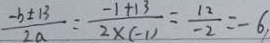
\frac { - b \pm 1 3 } { 2 a } = \frac { - 1 + 1 3 } { 2 \times ( - 1 ) } = \frac { 1 2 } { - 2 } = - 6